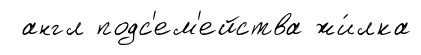
англ подс'ем'ейства жи́лка